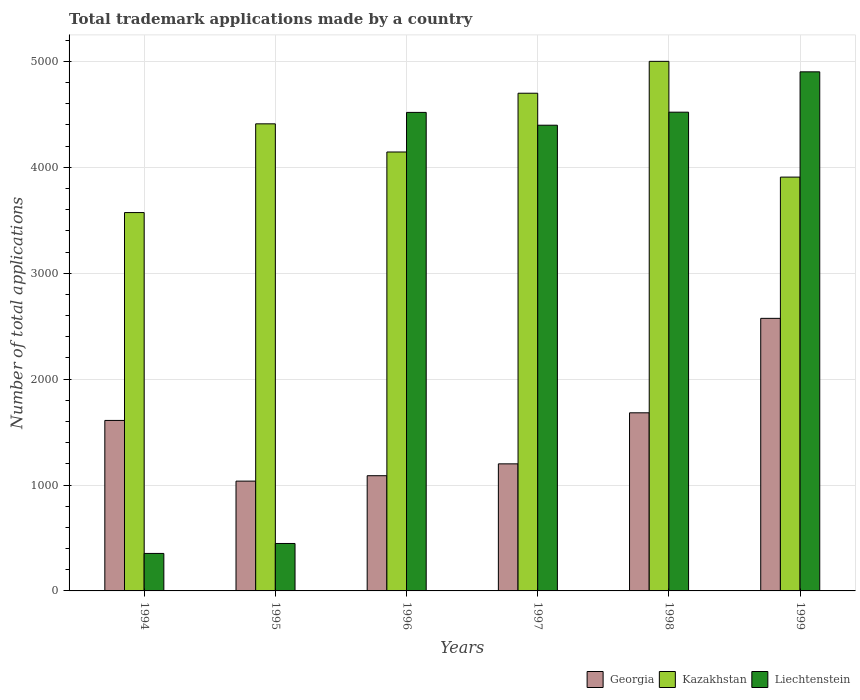
| Years | Georgia | Kazakhstan | Liechtenstein |
 | --- | --- | --- | --- |
 | 1994 | 1.61e+03 | 3.57e+03 | 354 |
 | 1995 | 1.04e+03 | 4.41e+03 | 448 |
 | 1996 | 1.09e+03 | 4.14e+03 | 4.52e+03 |
 | 1997 | 1.2e+03 | 4.7e+03 | 4.4e+03 |
 | 1998 | 1.68e+03 | 5e+03 | 4.52e+03 |
 | 1999 | 2.57e+03 | 3.91e+03 | 4.9e+03 |